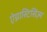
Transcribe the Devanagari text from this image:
ऐग्नास्टिसिज़्म